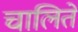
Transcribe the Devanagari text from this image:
चालितें